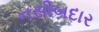
નસીબદાર